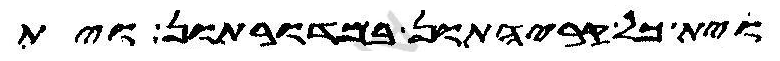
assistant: וית כל קריהתון במדורתון וית